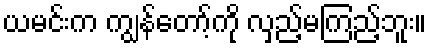
ယမင်းက ကျွန်တော့်ကို လှည့်မကြည့်ဘူး။